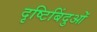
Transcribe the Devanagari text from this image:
दृष्टिबिंदुओं